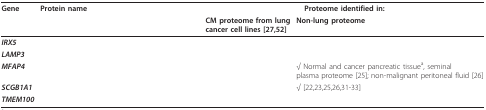
<table><thead><tr><td><b>Gene</b></td><td><b>Protein name</b></td><td colspan="2"><b>Proteome identified in:</b></td></tr><tr><td>[EMPTY_CELL]</td><td>[EMPTY_CELL]</td><td><b>CM proteome from lung cancer cell lines [27,52]</b></td><td><b>Non-lung proteome</b></td></tr></thead><tbody><tr><td><b><i>IRX5</i></b></td><td>[EMPTY_CELL]</td><td>[EMPTY_CELL]</td><td>[EMPTY_CELL]</td></tr><tr><td><b><i>LAMP3</i></b></td><td>[EMPTY_CELL]</td><td>[EMPTY_CELL]</td><td>[EMPTY_CELL]</td></tr><tr><td><b><i>MFAP4</i></b></td><td>[EMPTY_CELL]</td><td>[EMPTY_CELL]</td><td>√ Normal and cancer pancreatic tissue<sup>a</sup>, seminal plasma proteome [25]; non-malignant peritoneal fluid [26]</td></tr><tr><td><b><i>SCGB1A1</i></b></td><td>[EMPTY_CELL]</td><td>[EMPTY_CELL]</td><td>√ [22,23,25,26,31-33]</td></tr><tr><td><b><i>TMEM100</i></b></td><td>[EMPTY_CELL]</td><td>[EMPTY_CELL]</td><td>[EMPTY_CELL]</td></tr></tbody></table>